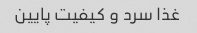
غذا سرد و کیفیت پایین